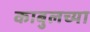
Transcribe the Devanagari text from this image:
काबुलच्या